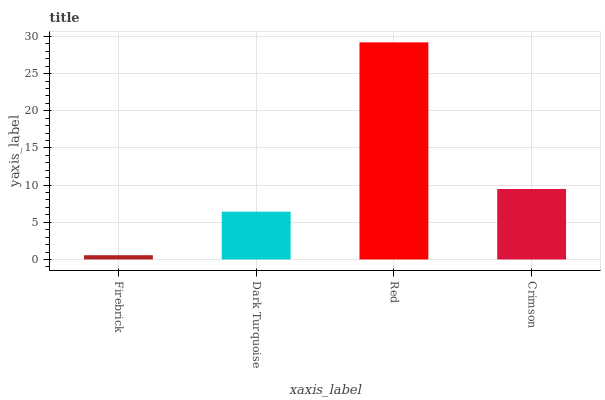
| xaxis_label | bars |
 | --- | --- |
 | Firebrick | 0.571 |
 | Dark Turquoise | 6.43 |
 | Red | 29.2 |
 | Crimson | 9.48 |